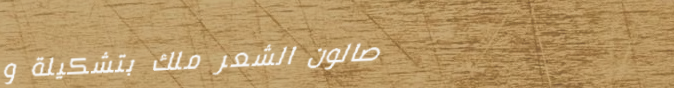
صالون الشعر ملك بتشكيلة و